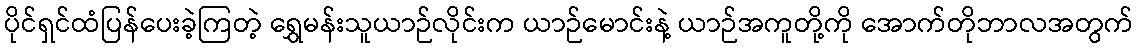
ပိုင်ရှင်ထံပြန်ပေးခဲ့ကြတဲ့ ရွှေမန်းသူယာဉ်လိုင်းက ယာဉ်မောင်းနဲ့ ယာဉ်အကူတို့ကို အောက်တိုဘာလအတွက်